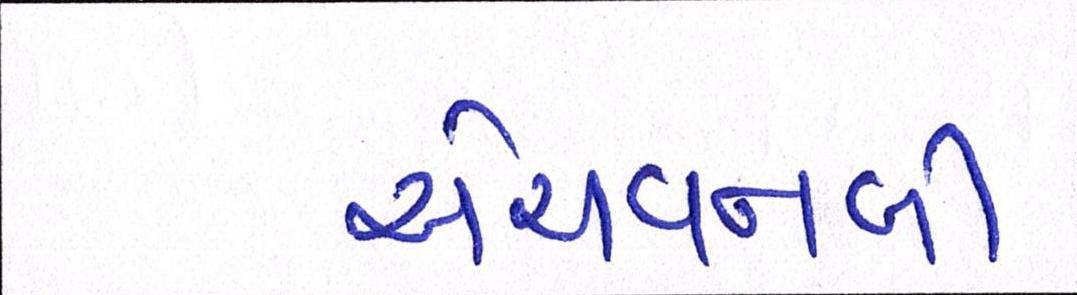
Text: એચવનબી